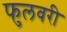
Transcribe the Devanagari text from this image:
फुलवरी